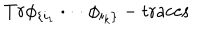
T r \phi _ { \{ i _ { 1 } } \cdot \cdot \cdot \phi _ { i _ { k } \} } - \mathrm { t r a c e s }